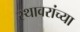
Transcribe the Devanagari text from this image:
स्थावरांच्या